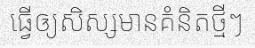
ធ្វើឲ្យសិស្សមានគំនិតថ្មីៗ